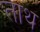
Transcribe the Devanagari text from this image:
ताथ